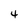
Character: 4